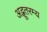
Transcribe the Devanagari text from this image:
अद्भूतरम्य